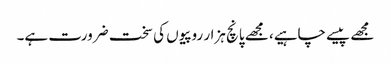
مجھے پیسے چاہیے، مجھے پانچ ہزار روپیوں کی سخت ضرورت ہے۔